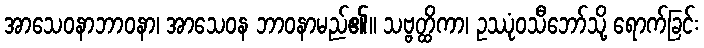
အာသေဝနာဘာဝနာ၊ အာသေဝန ဘာဝနာမည်၏။ သဗ္ဗတ္ထိကာ၊ ဥဿုံဝသီဘော်သို့ ရောက်ခြင်း